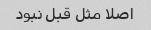
اصلا مثل قبل نبود